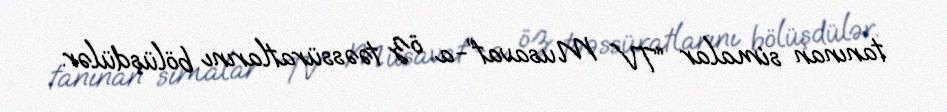
tanınan simalar “TV Musavat”-a öz təəssüratlarını bölüşdülər.